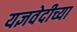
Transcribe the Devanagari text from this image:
यज्ञवेदीच्या